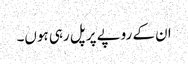
ان کے روپے پر پل رہی ہوں۔